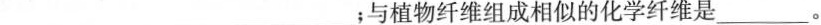
___；与植物纤维组成相似的化学纤维是___。